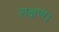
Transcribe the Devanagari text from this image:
लक्षणं।